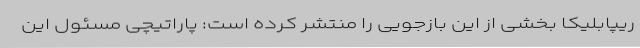
ریپابلیکا بخشی از این بازجویی را منتشر کرده است: پاراتیچی مسئول این